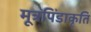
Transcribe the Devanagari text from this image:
मूत्रपिंडाकृति